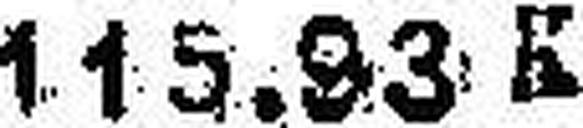
115.93 K